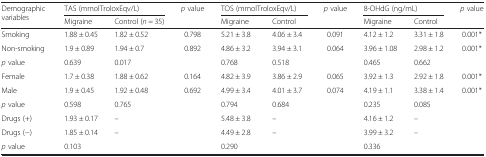
<table><thead><tr><td rowspan="2"><b>Demographic variables</b></td><td colspan="2"><b>TAS (mmolTroloxEqv/L)</b></td><td><b><i>p</i> value</b></td><td colspan="2"><b>TOS (mmolTroloxEqv/L)</b></td><td><b><i>p</i> value</b></td><td colspan="2"><b>8-OHdG (ng/mL)</b></td><td><b><i>p</i> value</b></td></tr><tr><td><b>Migraine</b></td><td><b>Control (<i>n</i> = 35)</b></td><td></td><td><b>Migraine</b></td><td><b>Control</b></td><td></td><td><b>Migraine</b></td><td><b>Control</b></td><td></td></tr></thead><tbody><tr><td>Smoking</td><td>1.88 ± 0.45</td><td>1.82 ± 0.52</td><td>0.798</td><td>5.21 ± 3.8</td><td>4.06 ± 3.4</td><td>0.091</td><td>4.12 ± 1.2</td><td>3.31 ± 1.8</td><td>0.001*</td></tr><tr><td>Non-smoking</td><td>1.9 ± 0.89</td><td>1.94 ± 0.7</td><td>0.892</td><td>4.86 ± 3.2</td><td>3.94 ± 3.1</td><td>0.064</td><td>3.96 ± 1.08</td><td>2.98 ± 1.2</td><td>0.001*</td></tr><tr><td><i>p</i> value</td><td>0.639</td><td>0.017</td><td></td><td>0.768</td><td>0.518</td><td></td><td>0.465</td><td>0.662</td><td></td></tr><tr><td>Female</td><td>1.7 ± 0.38</td><td>1.88 ± 0.62</td><td>0.164</td><td>4.82 ± 3.9</td><td>3.86 ± 2.9</td><td>0.065</td><td>3.92 ± 1.3</td><td>2.92 ± 1.8</td><td>0.001*</td></tr><tr><td>Male</td><td>1.9 ± 0.45</td><td>1.92 ± 0.48</td><td>0.692</td><td>4.99 ± 3.4</td><td>4.01 ± 3.7</td><td>0.074</td><td>4.19 ± 1.1</td><td>3.38 ± 1.4</td><td>0.001*</td></tr><tr><td><i>p</i> value</td><td>0.598</td><td>0.765</td><td></td><td>0.794</td><td>0.684</td><td></td><td>0.235</td><td>0.085</td><td></td></tr><tr><td>Drugs (+)</td><td>1.93 ± 0.17</td><td>–</td><td></td><td>5.48 ± 3.8</td><td>–</td><td></td><td>4.16 ± 1.2</td><td>–</td><td></td></tr><tr><td>Drugs (−)</td><td>1.85 ± 0.14</td><td>–</td><td></td><td>4.49 ± 2.8</td><td>–</td><td></td><td>3.99 ± 3.2</td><td>–</td><td></td></tr><tr><td><i>p</i> value</td><td>0.103</td><td></td><td></td><td>0.290</td><td></td><td></td><td>0.336</td><td></td><td></td></tr></tbody></table>